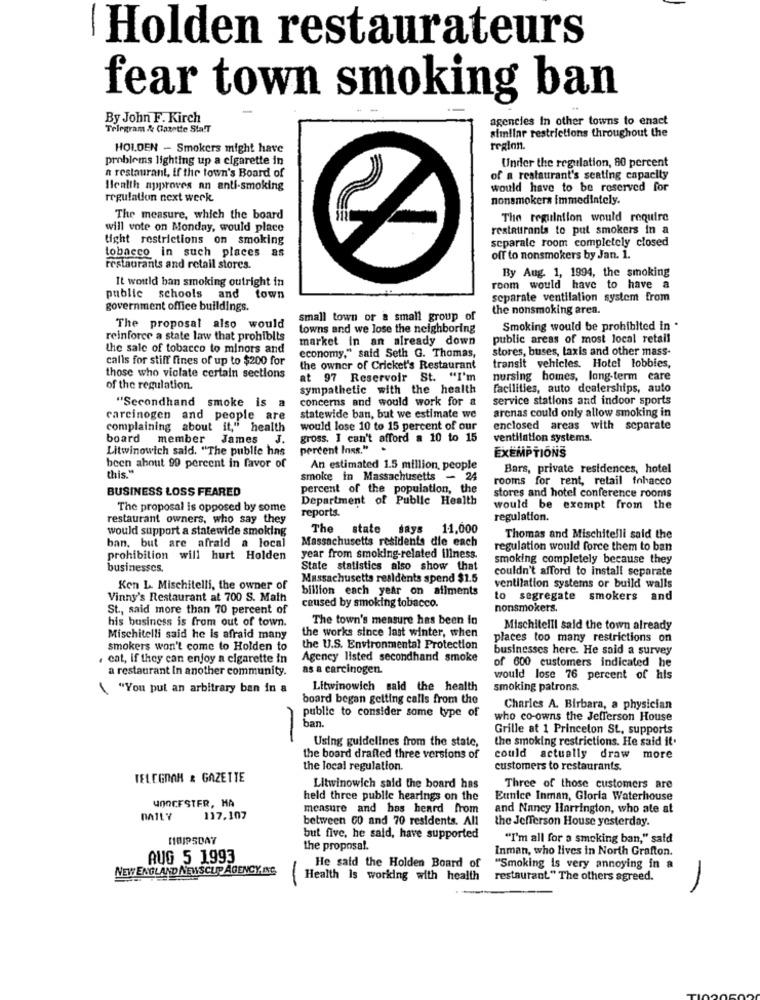
Holden restaurateurs
fear town smoking ban
By John F. Kirch
agencies In other towns to enact
Telegram & Gazette Sta!T
simliar restrictions throughout the
HOLDEN - Smokers might have
region.
problems lighting up a cigarette in
Under the regulation, 80 percent
a restaurant, if the town's Board of
of a restaurant's seating capacity
Health approves an anti-smoking
would have to be reserved for
regulation next werk
nonsmokers immediately.
The measure, which the board
The regulation would require
will vote on Monday, would place
restaurants to put smokers in a
tight restrictions on smoking
separale room completely closed
tobacco in such places as
off to nonsmokers by Jan. 1.
restaurants and retail stores.
It would ban smoking outright in
By Aug. 1, 1994, the smoking
room would have to have a
public schools
town
separate ventilation system from
government office buildings.
the nonsmoking area.
small town or a small group of
The proposal also would
towns and we lose the neighboring
Smoking would be prohibited in .
reinforce a state law that prohibits
market in an already down
public areas of most local retail
the sale of tobacco to minors and
economy," said Seth G. Thomas,
stores, buses, taxis and other mass-
calls for stiff fines of up to $200 for
the owner of Cricket's Restaurant
transit vehicles. Hotel lobbies,
those who violate certain sections
at 97 Reservoir St. "I'm
nursing homes, long-term care
of the regulation.
sympathetic with the health
facilities, auto dealerships, auto
concerns and would work for &
service stations and indoor sports
"Secondhand smoke is a
arenas could only allow smoking in
carcinogen and people are
statewide ban, but we estimate we
complaining about it," health
would lose 10 to 15 percent of our
enclosed areas with separate
board member James J.
gross. I can't afford a 10 to 15
ventilation systems.
Litwinowich said. "The public has
percent Inxs."
EXEMPTIONS
this "
been about 99 percent in favor of
An estimated 1.5 million, people
Bars, private residences, hotel
smoke in Massachusetts - 24
rooms for rent, retail fohacco
percent of the population, the
stores and hotel conference rooms
BUSINESS LOSS FEARED
Department of Public Health
The proposal is opposed by some
reports.
would be exempt from the
restaurant owners, who say they
regulation.
would support a statewide smoking
The state says 11,000
ban, but are afraid a local
Massachusetts residents die each
Thomas and Mischitelli said the
regulation would force them to ban
prohibition will hurt Holden
year from smoking-related illness.
smoking completely because they
businesscs.
State statistics also show that
couldn't afford to install separate
Massachusetts realdents spend $1.5
Ken L Mischitelli, the owner of
billion each year on afiments
ventilation systems or build walls
Vinny's Restaurant at 700 S. Math
to segregate smokers and
St ., said more than 70 percent of
caused by smoking tobacco.
nonsmokers.
his business is from out of town.
The town's measure has been in
the works since last winter, when
Mischitelli said the town already
Mischitelli said he is afraid many
places too many restrictions on
smokers won't come to Holden to
the U.S. Environmental Protection
businesses here. He said a survey
cat, if they can enjoy a cigarette in
Agency listed secondhand smoke
of 600 customers indicated he
a restaurant In another community.
as a carcinogen.
would lose 76 percent of his
\"You put an arbitrary ban in a
Litwinowich said the health
smoking patrons.
board began getting calls from the
Charles A. Birbara, a physician
public to consider some type of
who co-owns the Jefferson House
ban.
Grille at 1 Princeton St, supports
Using guidelines from the state,
the smoking restrictions. He said it.
the board drafted three versions of
could actually draw more
the local regulation.
customers to restaurants.
TELEGRAM & GAZETTE
Litwinowich said the board has
Three of those customers are
WOOCFSTER, HA
held three public hearings on the
Eunice Inman, Gloria Waterhouse
measure and has heard from
and Nancy Harrington, who ate at
DAILY
117,107
between 60 and 70 residents. All
the Jefferson House yesterday.
but five, he said, have supported
"I'm all for a smoking ban," said
the proposal.
Inman, who lives in North Grafton.
AUG 5 1993
NEW ENGLAND NEWSCLIP AGENCY. ING.
He said the Holden Board of
"Smoking is very annoying in a
Health Is working with health
-
restaurant." The others agreed.